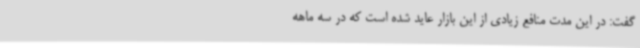
گفت: در این مدت منافع زیادی از این بازار عاید شده است که در سه ماهه